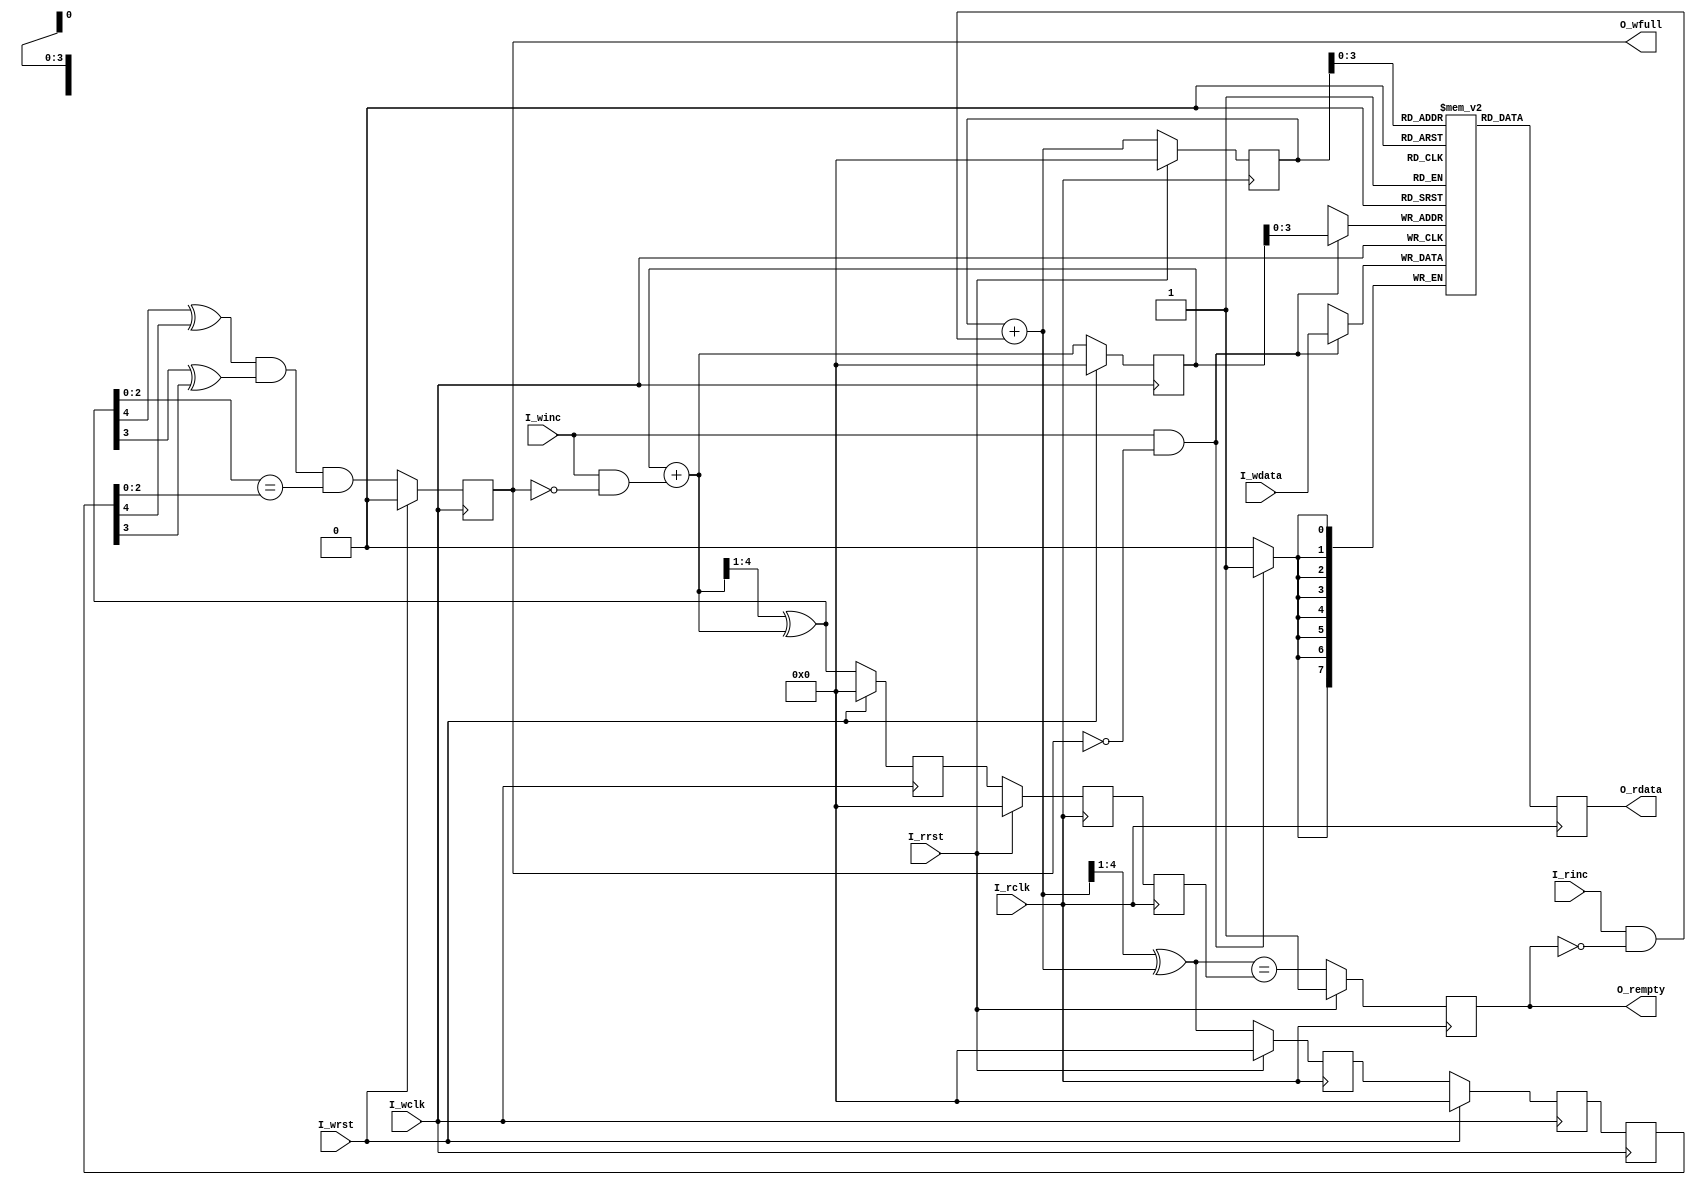
//--------------------------------------------------------------------------------------------------
//File Name    : asyn_fifo 
//--------------------------------------------------------------------------------------------------
//Module Hierarchy :
//asyn_fifo_inst |-asyn_fifo
//--------------------------------------------------------------------------------------------------
//Release History :
//Version         Date           Author        Description
// 1.0          2019-01-01       asyn_fifo        1st draft
//--------------------------------------------------------------------------------------------------
//Main Function Tree:
//a)asyn_fifo: 
//Description Function:
//asyn_fifo
//--------------------------------------------------------------------------------------------------
module asyn_fifo #(
        parameter MEM_STYLE  = "block"  ,
        parameter ASIZE      = 4        ,
        parameter DSIZE      = 8 
        )(
input                   I_wrst    ,
input                   I_wclk    ,
input                   I_winc    ,
input      [DSIZE-1:0]  I_wdata   ,
output reg              O_wfull   ,
input                   I_rrst    ,
input                   I_rclk    ,
input                   I_rinc    ,
output reg [DSIZE-1:0]  O_rdata   ,
output reg              O_rempty    
);

////////////////////////////////////////////////////////////////////////////////////////////////////
// Naming specification                                                                         
// (1) w+"xxx" name type , means write clock domain                                             
//        such as wrst,wclk,winc,wdata, wptr, waddr,wfull, and so on                            
// (2) r+"xxx" name type , means read clock domain                                              
//        such as rrst,rclk,rinc,rdata, rptr, raddr,rempty, and so on                           
// (3) w+q2+"xxx" name type , w means write clock domain, q2 means delay 2 clocks               
//        such as wq2_rptr                                                                      
// (4) r+q2+"xxx" name type , r means read clock domain, q2 means delay 2 clocks                
//        such as rq2_wptr                                                                      
////////////////////////////////////////////////////////////////////////////////////////////////////
wire    [ASIZE-1:0]    S_waddr       ;
reg     [ASIZE  :0]    S_wptr        ;
wire    [ASIZE-1:0]    S_raddr       ;
reg     [ASIZE  :0]    S_rptr        ;
////////////////////////////////////////////////////////////////////////////////////////////////////
//                                                                                                
//    __    __    __    __    __    __    __    __    __    __    __    __    __    __    __    __
// __|  |__|  |__|  |__|  |__|  |__|  |__|  |__|  |__|  |__|  |__|  |__|  |__|  |__|  |__|  |__|  
//                                                                                                
//                                                                                                
////////////////////////////////////////////////////////////////////////////////////////////////////

////////////////////////////////////////////////////////////////////////////////////////////////////
//        u0_wptr_full                                                                           
////////////////////////////////////////////////////////////////////////////////////////////////////
reg  [ASIZE  :0] S_wbin        ;
wire [ASIZE  :0] S_wgraynext   ; 
wire [ASIZE  :0] S_wbinnext    ; 
wire             S_wfull_val   ;
reg  [ASIZE  :0] S_rq1_wptr = 0;
reg  [ASIZE  :0] S_rq2_wptr = 0;
reg  [ASIZE  :0] S_wq1_rptr = 0;
reg  [ASIZE  :0] S_wq2_rptr = 0;
// GRAYSTYLE2 pointer
always @(posedge I_wclk)begin
    if(I_wrst)begin
        S_wbin <= 0           	;
        S_wptr <= 0           	;
    end
    else begin
        S_wbin <= S_wbinnext    ;
        S_wptr <= S_wgraynext   ;
    end
end
// Memory write-address pointer (okay to use binary to address memory)
assign S_waddr = S_wbin[ASIZE-1:0];
// wbin add winc when no full 
assign S_wbinnext = S_wbin + (I_winc & ~O_wfull);
// Bin to Gray convert 
assign S_wgraynext = (S_wbinnext >> 1) ^ S_wbinnext;
// Simplified version of the three necessary full-tests
//assign S_wfull_val = (S_wgraynext=={~S_wq2_rptr[ASIZE:ASIZE-1],
//                                S_wq2_rptr[ASIZE-2:0]});
assign S_wfull_val = (S_wgraynext[ASIZE]^S_wq2_rptr[ASIZE]) &&
                     (S_wgraynext[ASIZE-1]^S_wq2_rptr[ASIZE-1]) &&
                     (S_wgraynext[ASIZE-2:0] == S_wq2_rptr[ASIZE-2:0]);
// Write full 
always @(posedge I_wclk)begin
    if(I_wrst)begin
        O_wfull <= 1'b0;
    end
    else begin
        O_wfull <= S_wfull_val;
    end
end
////////////////////////////////////////////////////////////////////////////////////////////////////
//        u0_fifomem                                                                       
////////////////////////////////////////////////////////////////////////////////////////////////////
// mem assign 
localparam DEPTH = 1 << ASIZE;
(* ram_style=MEM_STYLE *)reg [DSIZE-1:0] mem [0:DEPTH-1];
// write_process
always @(posedge I_wclk)begin
    if(I_winc && (!O_wfull))begin
        mem[S_waddr] <= I_wdata;
    end
end
// read process 
always @(posedge I_rclk)begin
    O_rdata <= mem[S_raddr];
end
////////////////////////////////////////////////////////////////////////////////////////////////////
//        u0_rptr_empty                                                                           
////////////////////////////////////////////////////////////////////////////////////////////////////
reg  [ASIZE  :0] S_rbin        ;
wire [ASIZE  :0] S_rgraynext   ; 
wire [ASIZE  :0] S_rbinnext    ; 
wire             S_rempty_val  ;
// GRAYSTYLE2 pointer
always @(posedge I_rclk)begin
    if(I_rrst)begin
        S_rbin <= 0             ;
        S_rptr <= 0             ;
    end
    else begin
        S_rbin <= S_rbinnext    ;
        S_rptr <= S_rgraynext   ;
    end
end
// Memory read-address pointer (okay to use binary to address memory)
assign S_raddr = S_rbin[ASIZE-1:0];
// rbin add rinc when no empty
assign S_rbinnext = S_rbin + (I_rinc & ~O_rempty);
// Bin to Gray convert 
assign S_rgraynext = (S_rbinnext >> 1) ^ S_rbinnext;
// FIFO empty when the next rptr ==  synchronized wptr or on reset
assign S_rempty_val = (S_rgraynext == S_rq2_wptr);
// O_rempty
always @(posedge I_rclk)begin
    if(I_rrst)begin
        O_rempty <= 1'b1       ;
    end
    else begin
        O_rempty <= S_rempty_val ; 
    end
end
////////////////////////////////////////////////////////////////////////////////////////////////////
//        u0_sync_w2r                                                                                
////////////////////////////////////////////////////////////////////////////////////////////////////
always @(posedge I_rclk)begin
    if(I_rrst)begin
        S_rq1_wptr <= 1'b0          ;
    end
    else begin
        S_rq1_wptr <= S_wptr        ; 
    end
end
always @(posedge I_rclk)begin
    S_rq2_wptr <= S_rq1_wptr    ; 
end
////////////////////////////////////////////////////////////////////////////////////////////////////
//        u0_sync_r2w                                                                             
////////////////////////////////////////////////////////////////////////////////////////////////////
always @(posedge I_wclk)begin
    if(I_wrst)begin
        S_wq1_rptr <= 1'b0          ;
    end
    else begin
        S_wq1_rptr <= S_rptr        ; 
    end
end
always @(posedge I_wclk)begin
    S_wq2_rptr <= S_wq1_rptr    ; 
end

endmodule